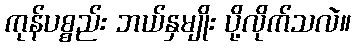
ကုန်ပစ္စည်း ဘယ်နှမျိုး ပို့လိုက်သလဲ။